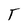
Character: T